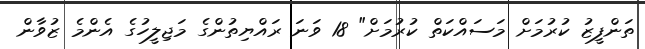
ތަންފީޒު ކުރުމަށް މަސައްކަތް ކުރުމަށް" 18 ވަނަ ރައްޔިތުންގެ މަޖިލީހުގެ އެންމެ ޒުވާން